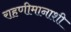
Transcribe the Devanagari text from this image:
राहणीमानाशी